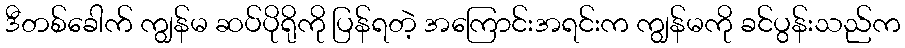
ဒီတစ်ခေါက် ကျွန်မ ဆပ်ပိုရိုကို ပြန်ရတဲ့ အကြောင်းအရင်းက ကျွန်မကို ခင်ပွန်းသည်က